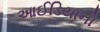
આઈડિયાનો